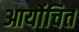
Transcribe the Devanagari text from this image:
आर्योचित